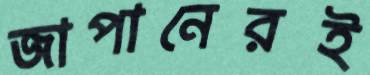
জাপানেরই